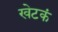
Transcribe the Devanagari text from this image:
खेटकं